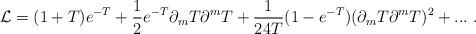
LaTeX: \begin{align*}{\cal L}=(1+T)e^{-T}+{1\over2}e^{-T}\partial_m T\partial^m T+{1\over24 T}(1-e^{-T})(\partial_m T\partial^m T)^2+...\ .\end{align*}